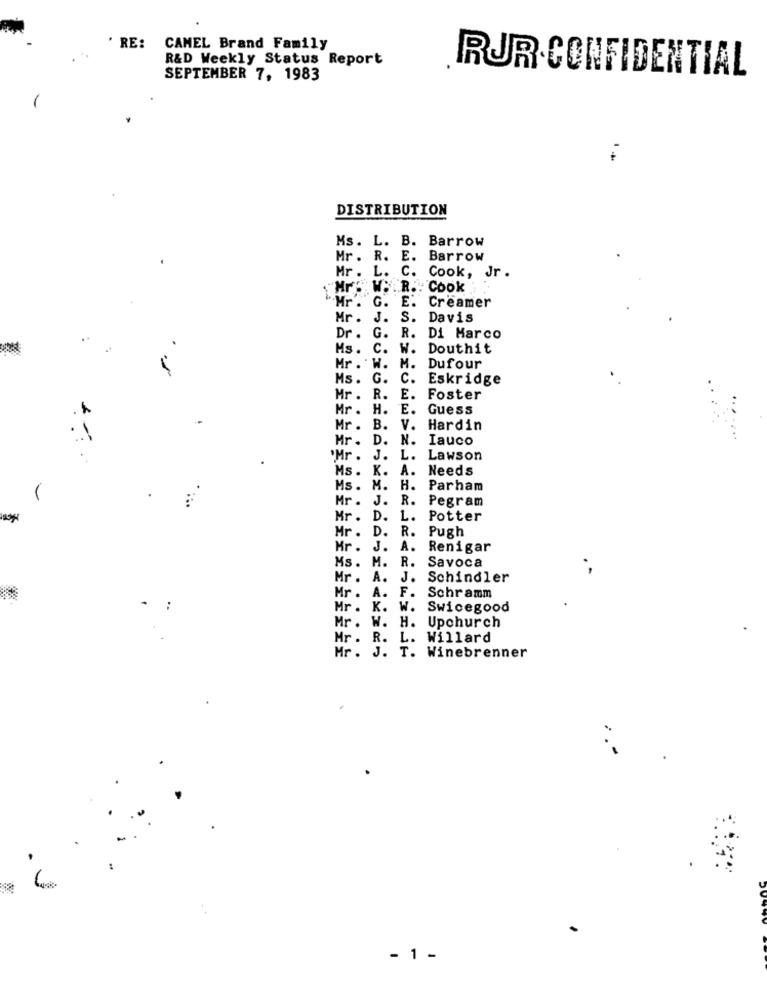
' RE:
CAMEL Brand Family
R&D Weekly Status Report
RUR CONFIDENTIAL
SEPTEMBER 7, 1983
DISTRIBUTION
Ms. L. B. Barrow
Mr. R. E. Barrow
Mr. L. C. Cook, Jr.
""Mr. W. R .. Cook
"Mr . G. E. Creamer
Mr. J. S. Davis
..
Dr . G.
R. Di Marco
Ms. C.
W. Douthit
Mr . W.
M. Dufour
Ms. G.
C. Eskridge
Mr . R.
E.
Foster
Mr . H.
E.
Guess
Mr . B.
V. Hardin
Mr .
D.
N. Iauco
'Mr .
J. L. Lawson
Ms .
K.
A. Needs
Ms.
M.
H. Parham
.
Mr .
J.
R. Pegram
Mr .
D.
L.
Potter
D .
Mr .
R. Pugh
Mr .
J.
A. Renigar
R. Savoca
Ms. M.
Mr . A.
J. Schindler
F.
Mr .
Schramm
-
Mr. K. W. Swicegood
Mr. W. H. Upchurch
Mr. R. L. Willard
Mr. J. T. Winebrenner
- 1 -